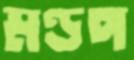
মণ্ডপ